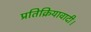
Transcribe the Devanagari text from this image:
प्रतिक्रियावादी।